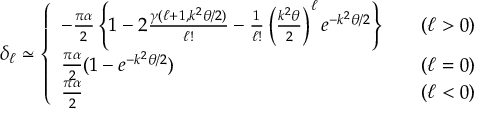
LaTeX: \delta _ { \ell } \simeq \left\{ \begin{array} { l l } { { - \frac { \pi \alpha } { 2 } \left\{ 1 - 2 \frac { \gamma ( \ell + 1 , k ^ { 2 } \theta / 2 ) } { \ell ! } - \frac { 1 } { \ell ! } \left( \frac { k ^ { 2 } \theta } { 2 } \right) ^ { \ell } e ^ { - k ^ { 2 } \theta / 2 } \right\} } } & { { \quad ( \ell > 0 ) } } \\ { { \frac { \pi \alpha } { 2 } ( 1 - e ^ { - k ^ { 2 } \theta / 2 } ) } } & { { \quad ( \ell = 0 ) } } \\ { { \frac { \pi \alpha } { 2 } } } & { { \quad ( \ell < 0 ) } } \end{array} \right.